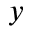
y